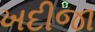
ખદીજા